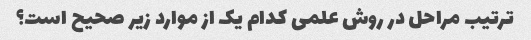
ترتیب مراحل در روش علمی کدام یک از موارد زیر صحیح است؟